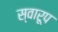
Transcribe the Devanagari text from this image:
स्वारूप